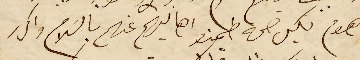
وهوم بكل صحة طمنو اهاليهم عنهم بالسَلام واكرر